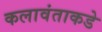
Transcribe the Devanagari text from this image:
कलावंताकडे